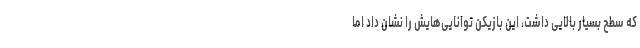
که سطح بسیار بالایی داشت، این بازیکن توانایی‌هایش را نشان داد اما